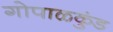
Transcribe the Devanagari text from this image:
गोपाळकुंड